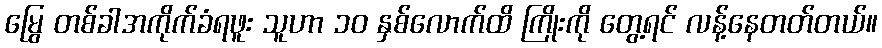
မြွေ တစ်ခါအကိုက်ခံရဖူး သူဟာ ၁၀ နှစ်လောက်ထိ ကြိုးကို တွေ့ရင် လန့်နေတတ်တယ်။